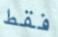
فقط